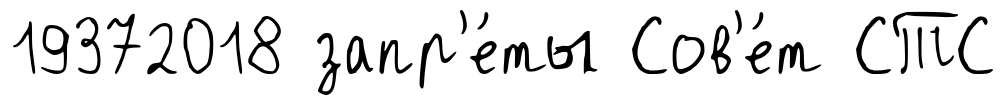
19372018 запр'е́ты Сов'е́т СТС